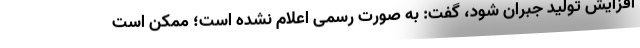
افزایش تولید جبران شود، گفت: به صورت رسمی اعلام نشده است؛ ممکن است